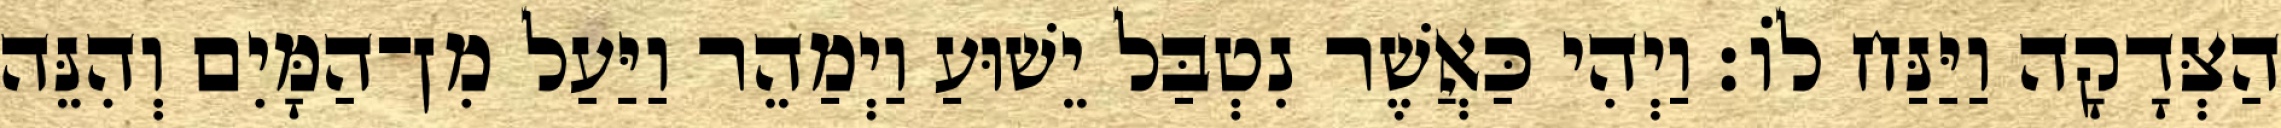
הַצְּדָקָה וַיַּנַּח לוֹ׃ וַיְהִי כַּאֲשֶׁר נִטְבַּל יֵשׁוּעַ וַיְמַהֵר וַיַּעַל מִן־הַמָּיִם וְהִנֵּה